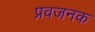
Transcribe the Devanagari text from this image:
प्रवजनक